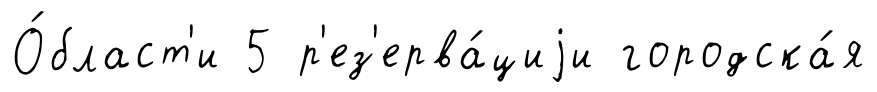
О́бласт'и 5 р'ез'ерва́циjи городска́я